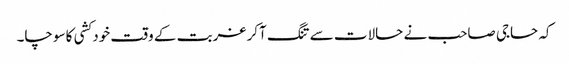
کہ حاجی صاحب نے حالات سے تنگ آکر غربت کے وقت خود کشی کا سوچا۔